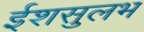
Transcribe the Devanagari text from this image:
ईशसुलभ